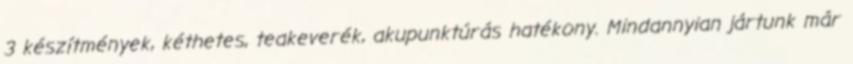
3 készítmények, kéthetes, teakeverék, akupunktúrás hatékony. Mindannyian jártunk már